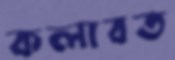
কলাবত